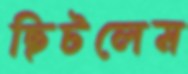
ছিটলেম